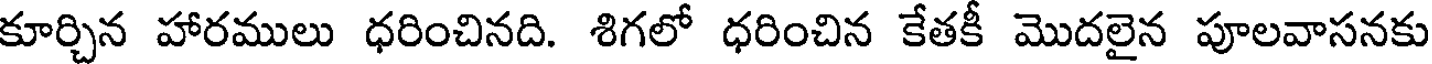
కూర్చిన హారములు ధరించినది. శిగలో ధరించిన కేతకీ మొదలైన పూలవాసనకు